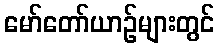
မော်တော်ယာဉ်များတွင်